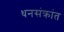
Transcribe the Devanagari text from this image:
धनसंक्रांत